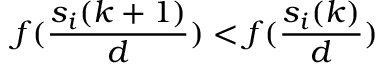
f ( \frac { s _ { i } ( k + 1 ) } { d } ) < f ( \frac { s _ { i } ( k ) } { d } )